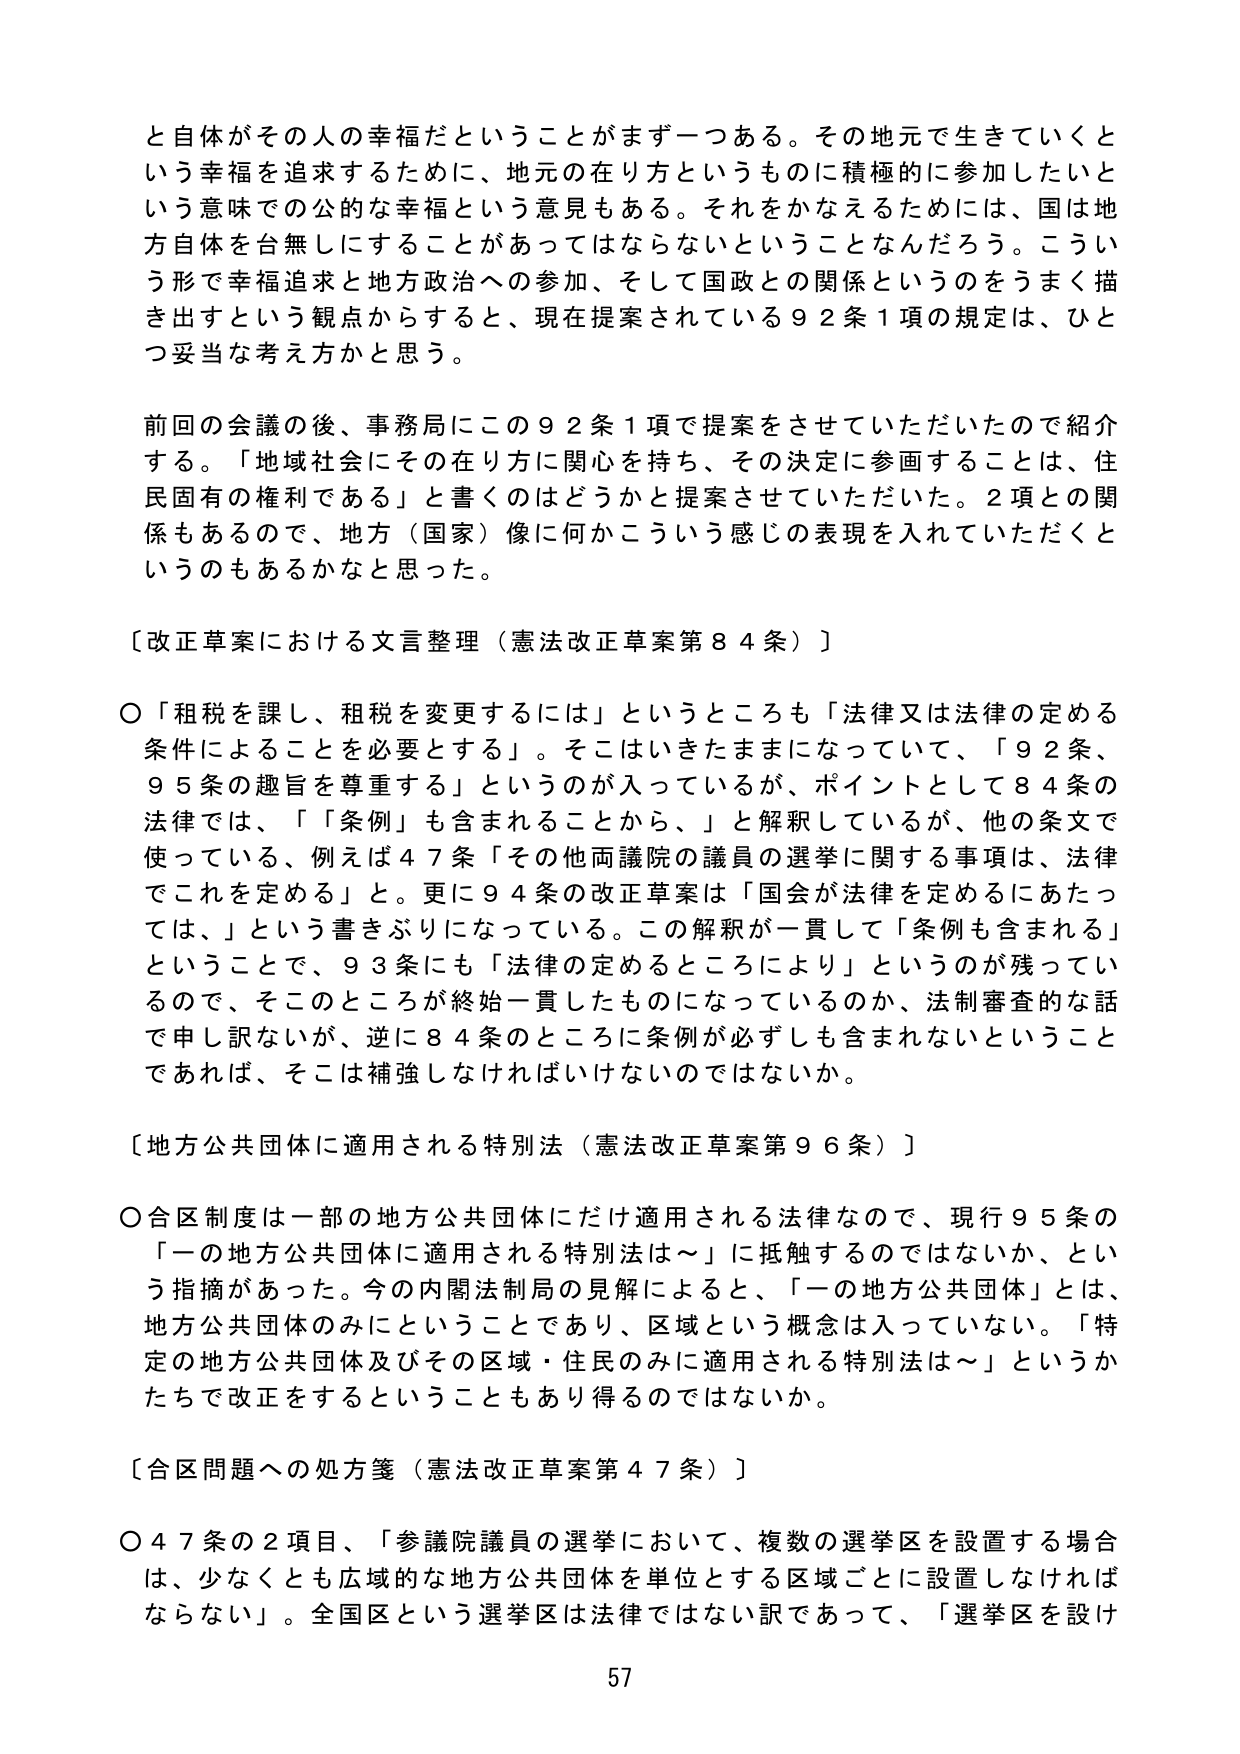
と自体がその人の幸福だということがまず一つある。その地元で生きていくという幸福を追求するために、地元の在り方というものに積極的に参加したいという意味での公的な幸福という意見もある。それをかなえるためには、国は地方自体を台無しにすることがあってはならないということなんだろう。こういう形で幸福追求と地方政治への参加、そして国政との関係というのをうまく描き出すという観点からすると、現在提案されている92条1項の規定は、ひとつ妥当な考え方かと思う。

前回の会議の後、事務局にこの92条1項で提案をさせていただいたので紹介する。「地域社会にその在り方に関心を持ち、その決定に参画することは、住民固有の権利である」と書くのはどうかと提案させていただいた。2項との関係もあるので、地方（国家）像に何かこういう感じの表現を入れていただくというのもあるかなと思った。

〔改正草案における文言整理（憲法改正草案第84条）〕

〇「租税を課し、租税を変更するには」というところも「法律又は法律の定める条件によることを必要とする」。そこはいきたままになっていて、「92条、95条の趣旨を尊重する」というのが入っているが、ポイントとして84条の法律では、「『条例』も含まれることから、」と解釈しているが、他の条文で使っている、例えば47条「その他両議院の議員の選挙に関する事項は、法律でこれを定める」と。更に94条の改正草案は「国会が法律を定めるにあたっては、」という書きぶりになっている。この解釈が一貫して「条例も含まれる」ということで、93条にも「法律の定めるところにより」というのが残っているので、そこのところが終始一貫したものになっているのか、法制審査の話で申し訳ないが、逆に84条のところに条例が必ずしも含まれないということであれば、そこは補強しなければいけないのではないか。

〔地方公共団体に適用される特別法（憲法改正草案第96条）〕

〇合区制度は一部の地方公共団体にだけ適用される法律なので、現行95条の「一の地方公共団体に適用される特別法は～」に抵触するのではないか、という指摘があった。今の内閣法制局の見解によると、「一の地方公共団体」とは、地方公共団体のみにということであり、区域という概念は入っていない。「特定の地方公共団体及びその区域・住民のみに適用される特別法は～」というかたちで改正をするということもあり得るのではないか。

〔合区問題への処方箋（憲法改正草案第47条）〕

〇47条の2項目、「参議院議員の選挙において、複数の選挙区を設置する場合は、少なくとも広域的な地方公共団体を単位とする区域ごとに設置しなければならない」。全国区という選挙区は法律ではない訳であって、「選挙区を設け

57